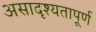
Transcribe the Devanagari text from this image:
असादृश्यतापूर्ण